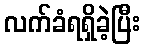
လက်ခံရရှိခဲ့ပြီး